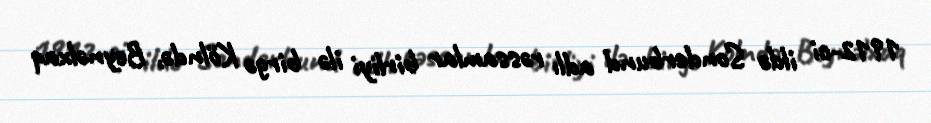
1912-ci ildə Sonderbund adlı rəssamlar birliyi ilə birgə Kölndə, Beynəlxaq